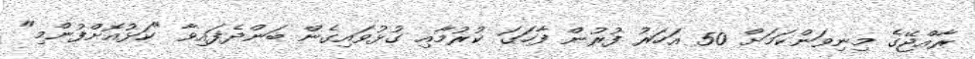
ރާއްޖޭގެ މިނިވަންކަމަށް 50 އަހަރު ފުރުން ފާހަގަ ކުރުމާއި ގުޅުވައިގެން ބަންދެފައިވާ "ކަޅުއޮށްފުންމި"